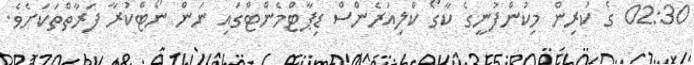
02:30 ގެ ކުރިން މިކުންފުނީގެ ކާގޯ ކްލިއަރެންސް ޑިޕާޓްމެންޓްގައި ނަން ނޯޓްކުރާ ފަރާތްތަކަށެވެ.